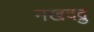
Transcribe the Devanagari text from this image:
नखदद्रु